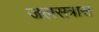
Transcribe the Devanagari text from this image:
जलसत्रास